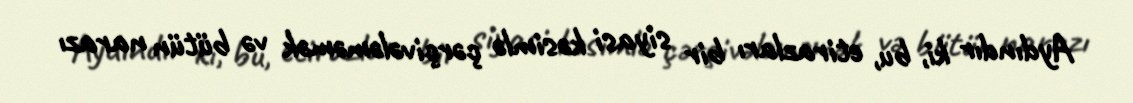
Aydındır ki, bu, etirazları bir siyasi kəsimlə çərçivələməmək və bütün narazı